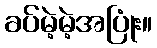
ခပ်မဲ့မဲ့အပြုံး။